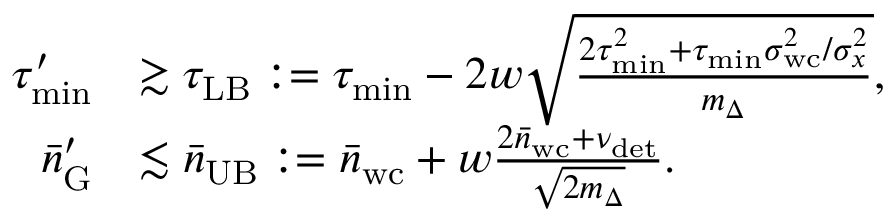
\begin{array} { r l } { \tau _ { \mathrm { m i n } } ^ { \prime } } & { \gtrsim \tau _ { \mathrm { L B } } : = \tau _ { \mathrm { m i n } } - 2 w \sqrt { \frac { 2 \tau _ { \mathrm { m i n } } ^ { 2 } + \tau _ { \mathrm { m i n } } \sigma _ { \mathrm { w c } } ^ { 2 } / \sigma _ { x } ^ { 2 } } { m _ { \Delta } } } , } \\ { \bar { n } _ { \mathrm { G } } ^ { \prime } } & { \lesssim \bar { n } _ { \mathrm { U B } } : = \bar { n } _ { \mathrm { w c } } + w \frac { 2 \bar { n } _ { \mathrm { w c } } + \nu _ { \mathrm { d e t } } } { \sqrt { 2 m _ { \Delta } } } . } \end{array}